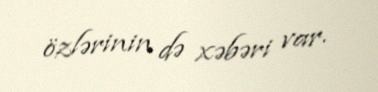
özlərinin də xəbəri var.